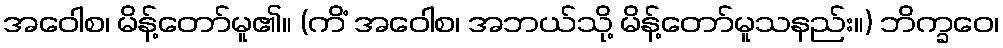
အဝေါစ၊ မိန့်တော်မူ၏။ (ကိံ အဝေါစ၊ အဘယ်သို့ မိန့်တော်မူသနည်း။) ဘိက္ခဝေ၊